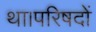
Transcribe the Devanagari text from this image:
था।परिषदों